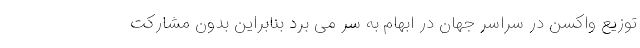
توزیع واکسن در سراسر جهان در ابهام به سر می برد بنابراین بدون مشارکت